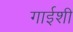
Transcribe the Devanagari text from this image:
गाईशी